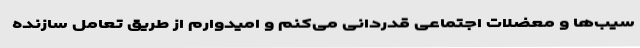
سیب‌ها و معضلات اجتماعی قدردانی می‌کنم و امیدوارم از طریق تعامل سازنده